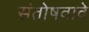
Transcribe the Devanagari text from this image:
संतोषवावे